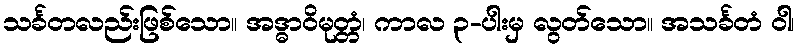
သင်္ခတလည်းဖြစ်သော။ အဒ္ဓာဝိမုတ္တံ၊ ကာလ ၃-ပါးမှ လွတ်သော။ အသင်္ခတံ ဝါ၊